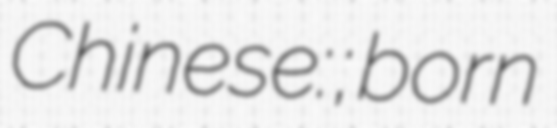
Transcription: Chinese: 陳泰銘; born